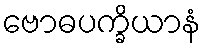
ဗောဓပက္ခိယာနံ